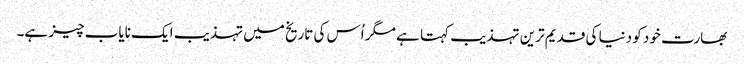
بھارت خود کو دنیا کی قدیم ترین تہذیب کہتا ہے مگر اُس کی تاریخ میں تہذیب ایک نایاب چیز ہے۔